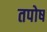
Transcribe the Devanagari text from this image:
तपोष